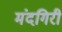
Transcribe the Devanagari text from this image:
मंदगिरी